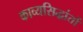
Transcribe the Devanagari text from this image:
काव्यसिद्धांतों